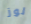
لوز